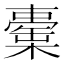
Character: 㯱